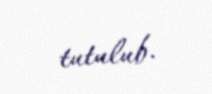
tutulub.